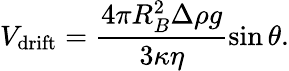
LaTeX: V_{\mathrm{drift}}=\frac{4\pi R_{B}^{2}\Delta\rho g}{3\kappa\eta}\sin\theta.